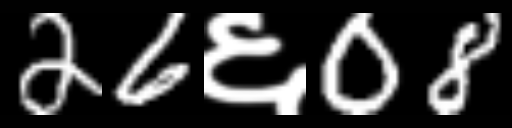
Text: 26६08